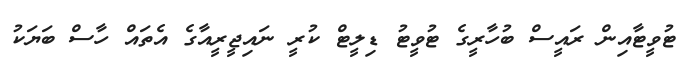
ޓުވީޓާއިން ރައީސް ބުހާރީގެ ޓުވީޓު ޑިލީޓް ކުރީ ނައިޖީރީއާގެ އެތައް ހާސް ބަޔަކު